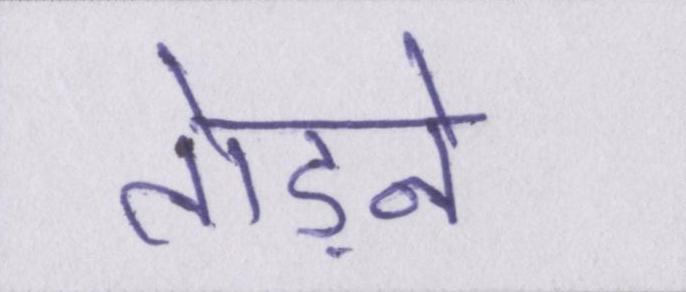
तोड़ने